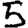
Digit: 5